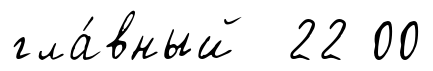
гла́вный 22 00